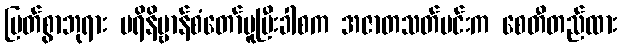
မြတ်စွာဘုရား ပရိနိဗ္ဗာန်စံတော်မူပြီးခါစက အဇာတသတ်မင်းက စေတီတည်ထား